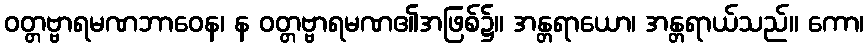
ဝတ္တဗ္ဗာရမဏဘာဝေန၊ န ဝတ္တဗ္ဗာရမဏ၏အဖြစ်၌။ အန္တရာယော၊ အန္တရာယ်သည်။ ကော၊